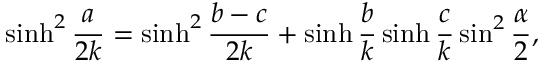
\sinh ^ { 2 } { \frac { a } { 2 k } } = \sinh ^ { 2 } { \frac { b - c } { 2 k } } + \sinh { \frac { b } { k } } \sinh { \frac { c } { k } } \sin ^ { 2 } { \frac { \alpha } { 2 } } ,